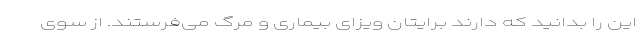
این را بدانید که دارند برایتان ویزای بیماری و مرگ می‌فرستند. از سوی